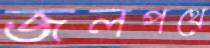
জলপথে